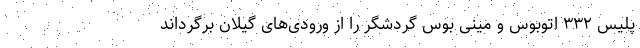
پلیس ۳۳۲ اتوبوس و مینی بوس گردشگر را از ورودی‌های گیلان برگرداند